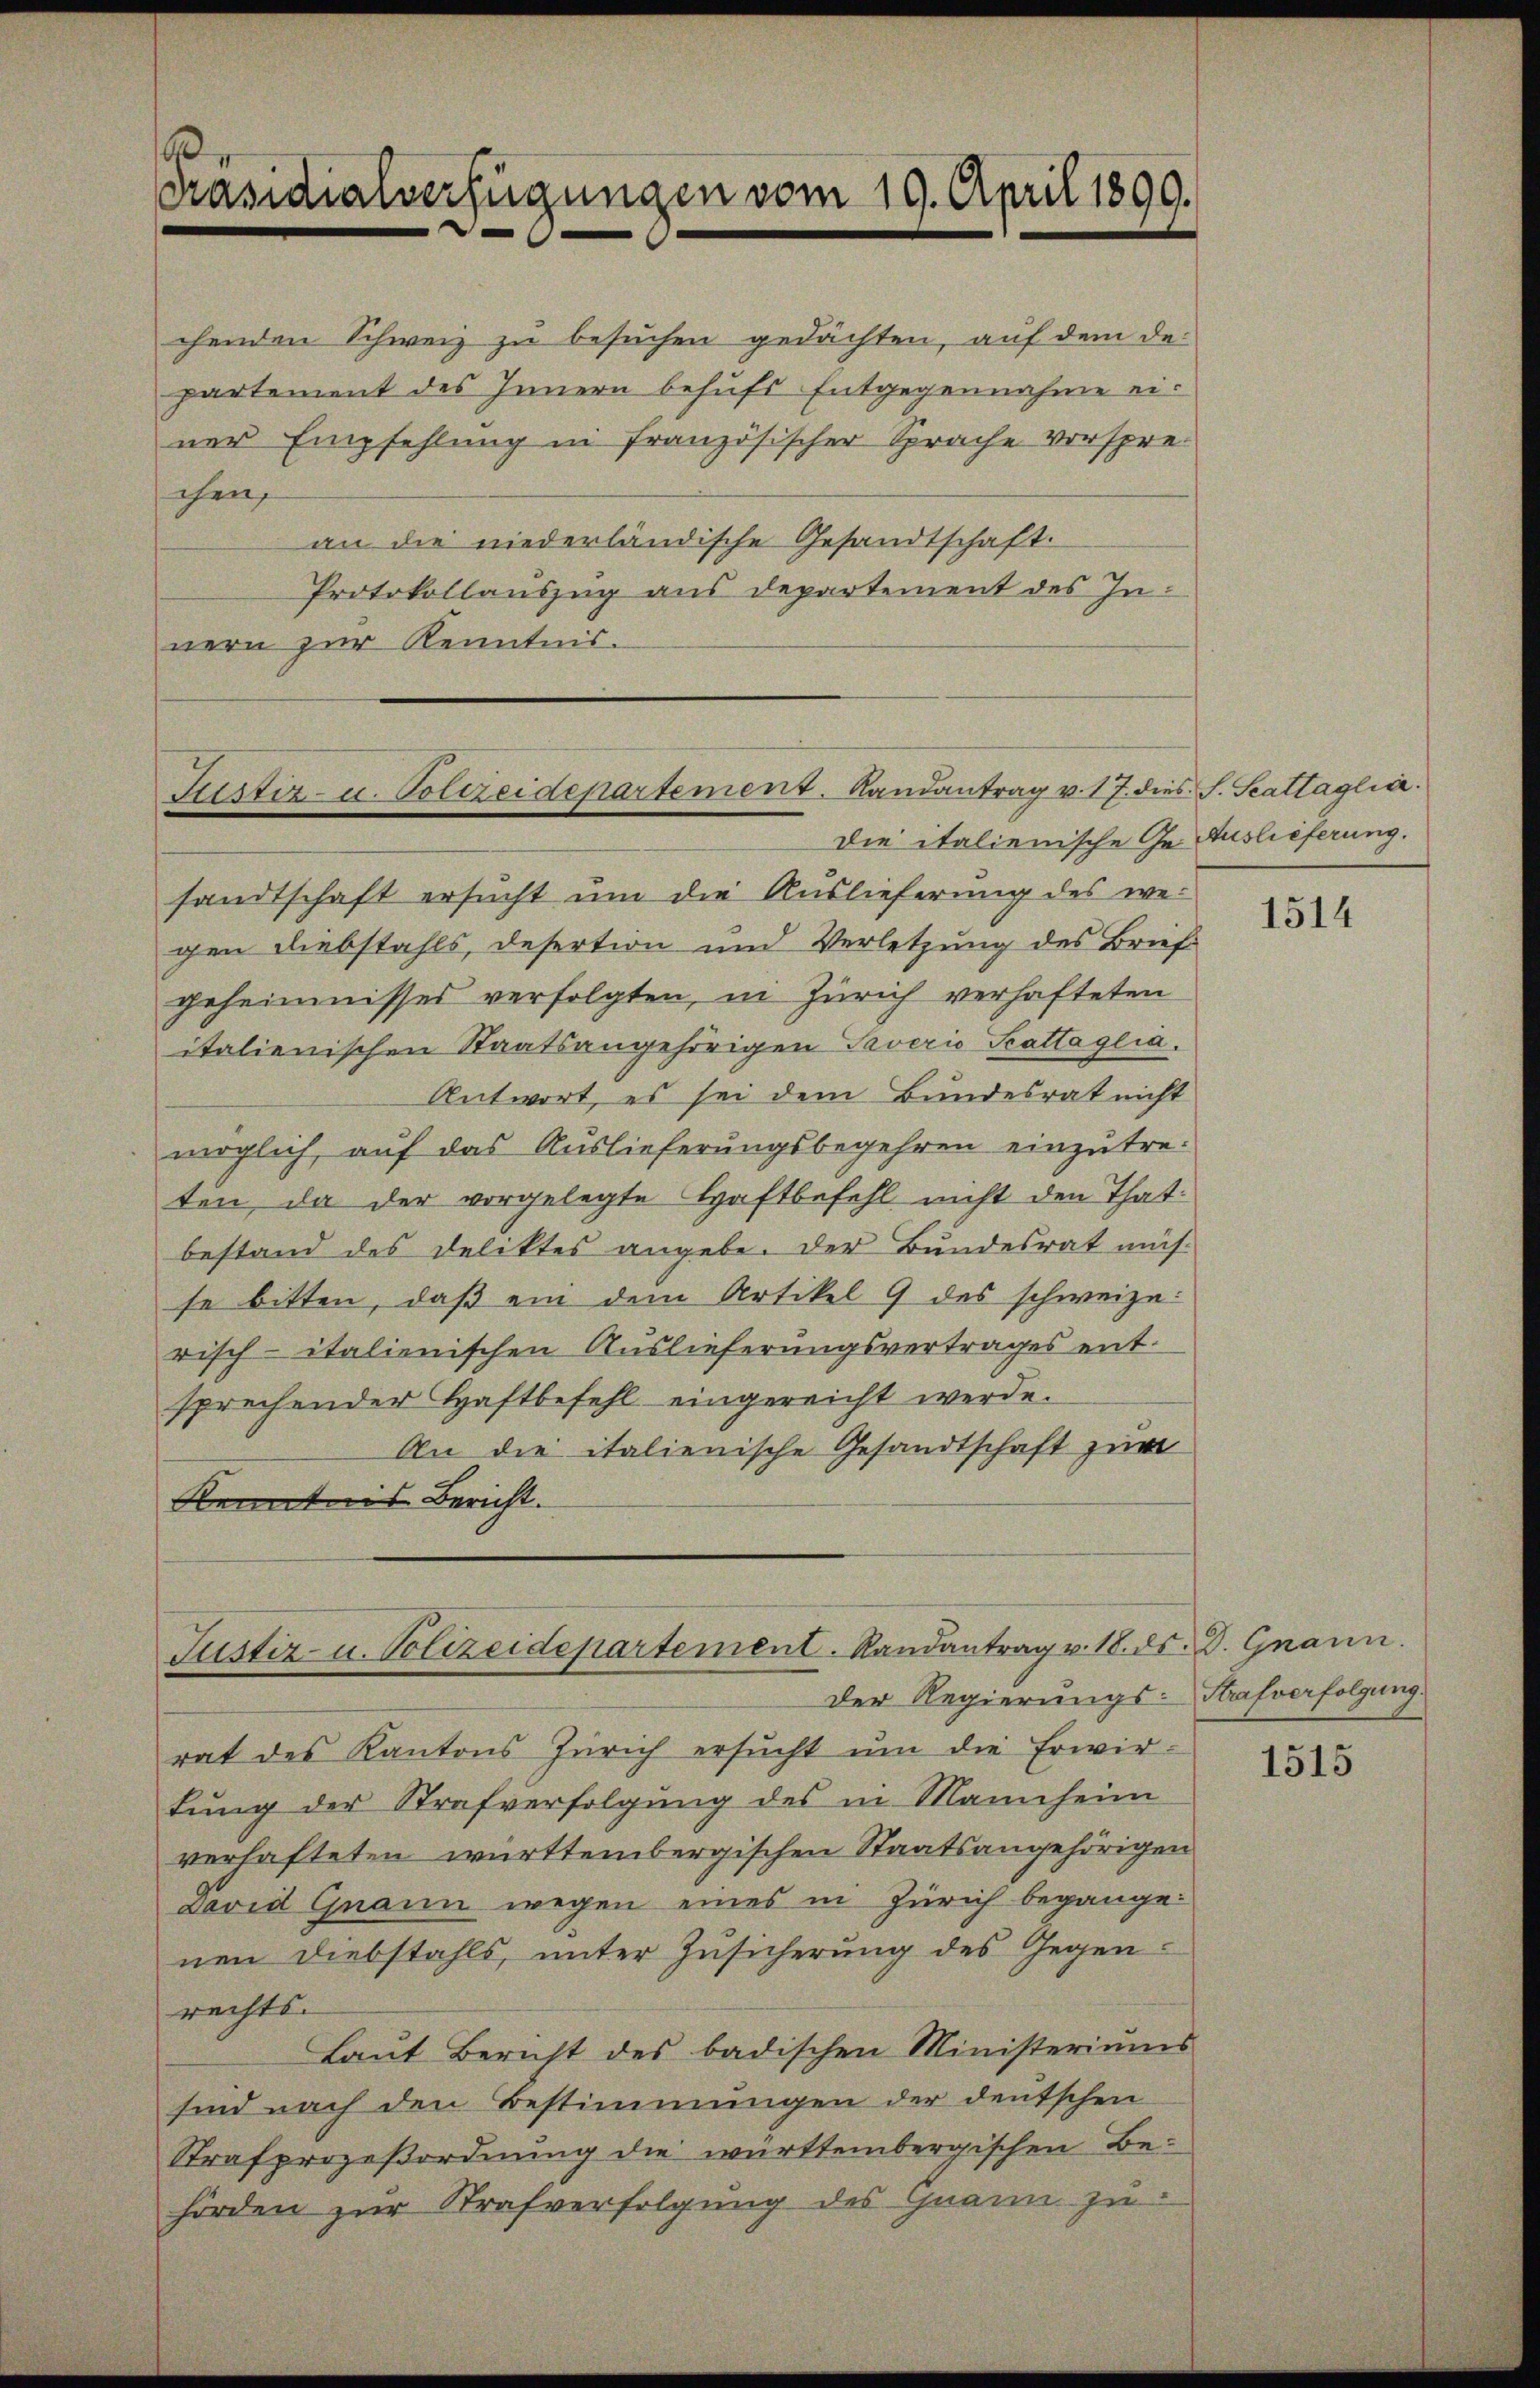
6
Präsidialverfügungen vom 19. April 1890.

chenden Schweiz zu besuchen gedachten, auf dem de
partement des Innern behufs Entgegennahme einer Empfehlung in französischer Sprache vorsprechen,
an die niederländische Gesandtschaft.
Protokollauszug aus Departement des Innern zur Kenntnis.

Justiz- u. Polizeidepartement. Landantrag v. 17. dies S. Scattaglia.

Justiz- u. Polizeidepartement. Randantrag v. 18. ds. D. Gnann

Die italienische Ge Auslieferung.
sandtschaft ersucht um die Auslieferung des wegen Diebstahls, desertion und Verletzung des Briefgeheimnisses verfolgten, in Zürich verhafteten
italienischen Staatsangehörigen Taverio Seattaglia.
Antwort, es sei dem Bundesrat nicht
möglich, auf das Auslieferungsbegehren einzutreten, da der vorgelegte Haftbefehl nicht den Thatbestand des Deliktes angebe. Der Bundesrat müsse bitten, daß ein dem Artikel 9 des schweize
risch-italienischen Auslieferungsvertrages entsprechender Haftbefehl eingereicht werde.
An die italienische Gesandtschaft zum
Kenntnis Bericht.

rat des Kantons Zürich ersŭcht ŭm die Erwir-
tung der Strafverfolgung des in Mannheim
verhafteten württembergischen Staatsangehörigen
David Guann wegen eines in Zürich begange
nen Diebstahls, unter Zusicherung des Gegen-
rechts-
Laut Bericht des badischen Ministeriums
sind nach den Bestimmungen der deutschen
Strafprozeßordnung die württembergischen Behörden zŭr Strafverfolgŭng des Grann zu

Der Regierungs-Strafverfolgung

1514

1515